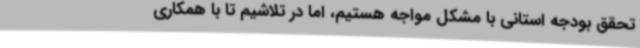
تحقق بودجه استانی با مشکل مواجه هستیم، اما در تلاشیم تا با همکاری